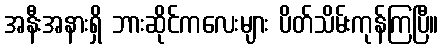
အနီးအနားရှိ ဘားဆိုင်ကလေးများ ပိတ်သိမ်းကုန်ကြပြီ။